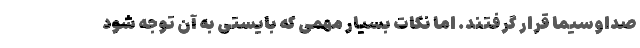
صداوسیما قرار گرفتند. اما نکات بسیار مهمی که بایستی به آن توجه شود